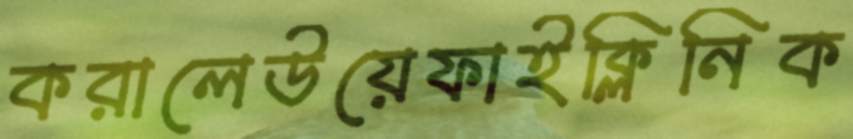
করালেউয়েফাইক্লিনিক